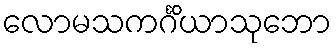
လောမသကင်္ဂိယာသုဘော